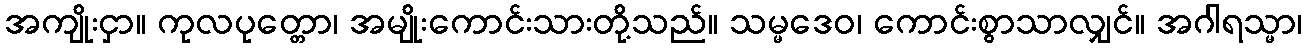
အကျိုးငှာ။ ကုလပုတ္တော၊ အမျိုးကောင်းသားတို့သည်။ သမ္မဒေဝ၊ ကောင်းစွာသာလျှင်။ အဂါရသ္မာ၊